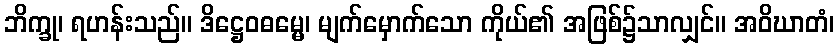
ဘိက္ခု၊ ရဟန်းသည်။ ဒိဋ္ဌေဝဓမ္မေ၊ မျက်မှောက်သော ကိုယ်၏ အဖြစ်၌သာလျှင်။ အဝိဃာတံ၊